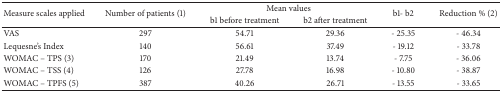
<table><thead><tr><td rowspan="2"><b>Measure scales applied</b></td><td rowspan="2"><b>Number of patients (1)</b></td><td colspan="2"><b>Mean values</b></td><td rowspan="2"><b>b1- b2</b></td><td rowspan="2"><b>Reduction % (2)</b></td></tr><tr><td><b>b1 before treatment</b></td><td><b>b2 after treatment</b></td></tr></thead><tbody><tr><td>VAS</td><td>297</td><td>54.71</td><td>29.36</td><td>- 25.35</td><td>- 46.34</td></tr><tr><td>Lequesne&#x27;s Index</td><td>140</td><td>56.61</td><td>37.49</td><td>- 19.12</td><td>- 33.78</td></tr><tr><td>WOMAC – TPS (3)</td><td>170</td><td>21.49</td><td>13.74</td><td>- 7.75</td><td>- 36.06</td></tr><tr><td>WOMAC – TSS (4)</td><td>126</td><td>27.78</td><td>16.98</td><td>- 10.80</td><td>- 38.87</td></tr><tr><td>WOMAC – TPFS (5)</td><td>387</td><td>40.26</td><td>26.71</td><td>- 13.55</td><td>- 33.65</td></tr></tbody></table>